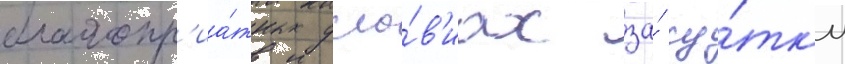
благопр'иа́тных усло́в'иах за́ су́тк'и